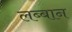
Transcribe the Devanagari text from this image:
लब्बान